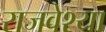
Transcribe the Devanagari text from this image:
राजवेश्या